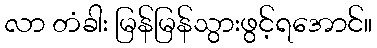
လာ တံခါး မြန်မြန်သွားဖွင့်ရအောင်။